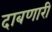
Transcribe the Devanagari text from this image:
दाबणारी